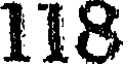
118